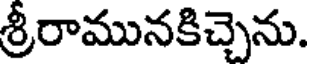
శ్రీరామునకిచ్చెను.